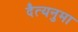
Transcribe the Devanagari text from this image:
दैत्यनुमा